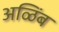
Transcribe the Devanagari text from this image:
अळिंब